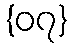
{၀၇}